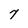
Character: 7